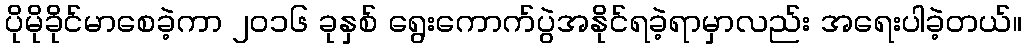
ပိုမိုခိုင်မာစေခဲ့ကာ ၂၀၁၆ ခုနှစ် ရွေးကောက်ပွဲအနိုင်ရခဲ့ရာမှာလည်း အရေးပါခဲ့တယ်။